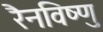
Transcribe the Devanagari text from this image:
रैनविष्णु